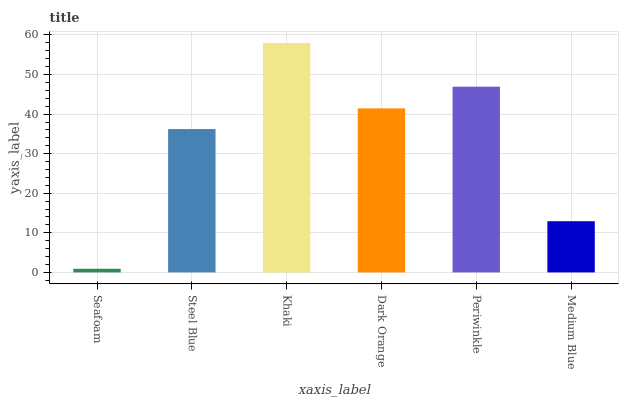
| xaxis_label | bars |
 | --- | --- |
 | Seafoam | 0.916 |
 | Steel Blue | 36.2 |
 | Khaki | 58 |
 | Dark Orange | 41.5 |
 | Periwinkle | 46.9 |
 | Medium Blue | 12.9 |